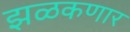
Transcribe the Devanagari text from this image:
झळकणार